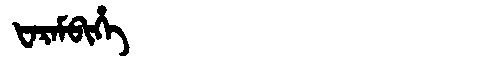
Manchu: ᡶᠠᡵᠠᠮᠪᡳᡥᡝ
Romanization: FARAMBIHE